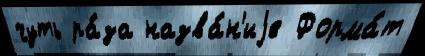
чуть ра́за назва́н'иjе Форма́т